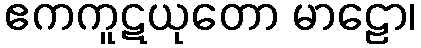
ဧကကူဋယုတော မာဠော၊